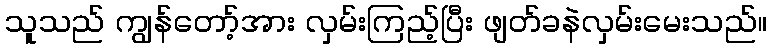
သူသည် ကျွန်တော့်အား လှမ်းကြည့်ပြီး ဖျတ်ခနဲလှမ်းမေးသည်။